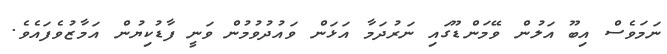
ނަމަވެސް އިބޫ އަލުން ވޭމަންޑޫގައި ނަރުދަމާ އަޅަން ވައުދުވުމުން ވަނީ ފާޑުކިޔުން އަމާޒުވެފައެވެ.